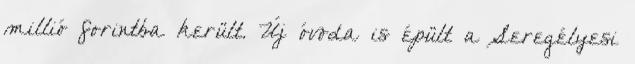
millió forintba került. Új óvoda is épült a Seregélyesi